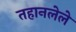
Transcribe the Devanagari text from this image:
तहानलेले